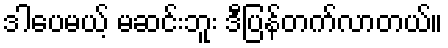
ဒါပေမယ့် မဆင်းဘူး ဒီပြန်တက်လာတယ်။